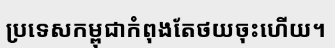
ប្រទេសកម្ពុជាកំពុងតែថយចុះហើយ។